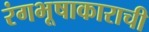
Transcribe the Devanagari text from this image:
रंगभूषाकाराची